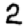
Digit: 2